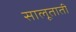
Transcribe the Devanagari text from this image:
सालूताती